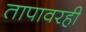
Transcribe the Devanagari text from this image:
तापावरही